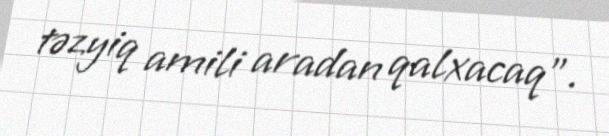
təzyiq amili aradan qalxacaq”.